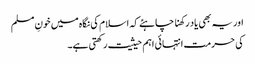
اور یہ بھی یاد رکھنا چاہئے کہ اسلام کی نگاہ میں خونِ مسلم
کی حرمت انتہائی اہم حیثیت رکھتی ہے۔